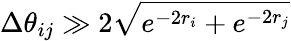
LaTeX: \Delta\theta_{ij}\gg 2\sqrt{e^{-2r_{i}}+e^{-2r_{j}}}